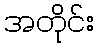
အတိုင်း